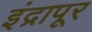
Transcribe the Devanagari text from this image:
इंद्रापूर